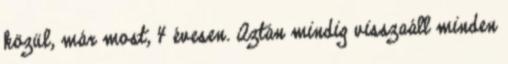
közül, már most, 4 évesen. Aztán mindig visszaáll minden